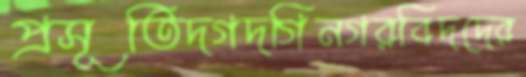
প্রসূতিদগদগিনগরবিদদের